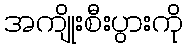
အကျိုးစီးပွားကို